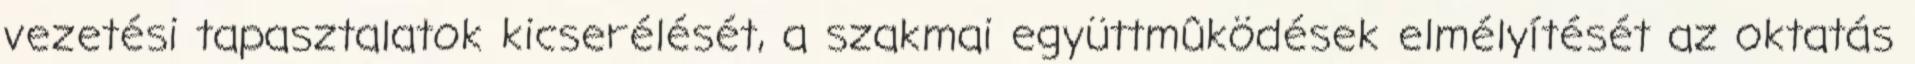
vezetési tapasztalatok kicserélését, a szakmai együttmûködések elmélyítését az oktatás